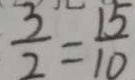
\frac { 3 } { 2 } = \frac { 1 5 } { 1 0 }